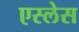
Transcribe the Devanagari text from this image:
एस्लेस